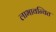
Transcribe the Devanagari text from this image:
लाभावन्वित